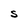
Character: S